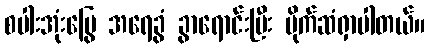
စပါးအုံးမြွေ အရေခွံ ခွာရောင်းပြီး ပိုက်ဆံရှာပါတယ်။